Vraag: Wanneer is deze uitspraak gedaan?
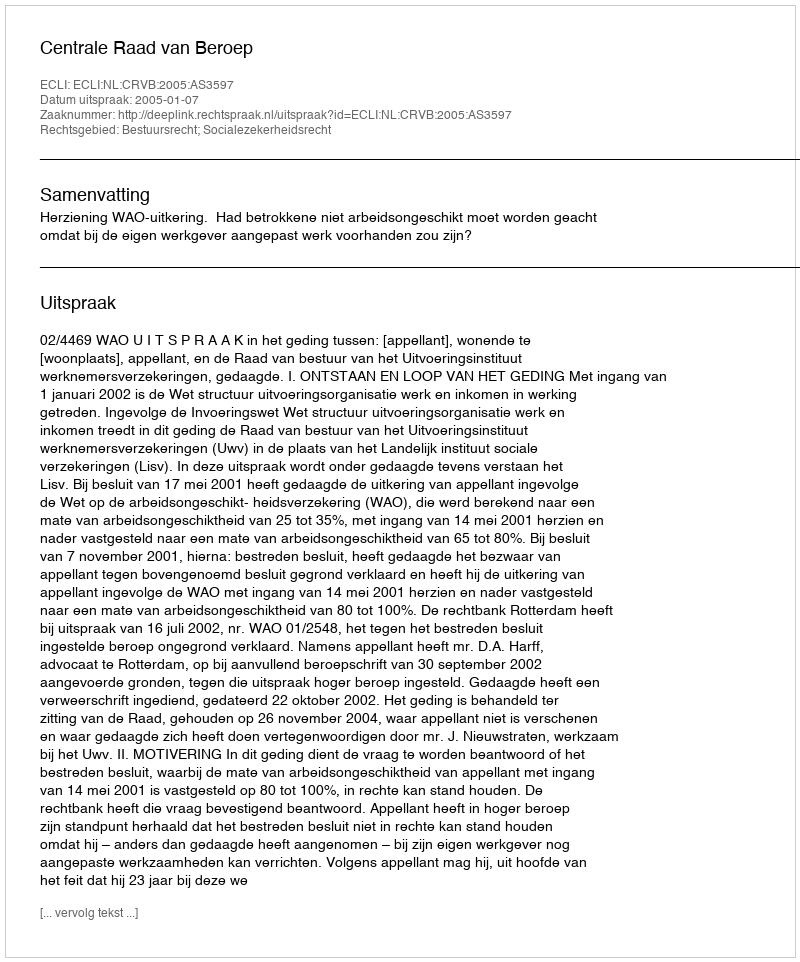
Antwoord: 2005-01-07